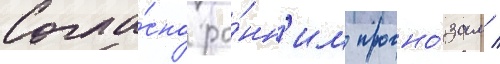
Согла́сно ра́нн'им прогно́зам /